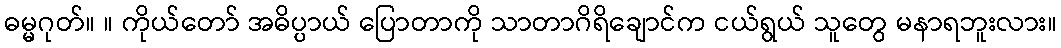
ဓမ္မဂုတ်။ ။ ကိုယ်တော် အဓိပ္ပာယ် ပြောတာကို သာတာဂိရိချောင်က ငယ်ရွယ် သူတွေ မနာရဘူးလား။